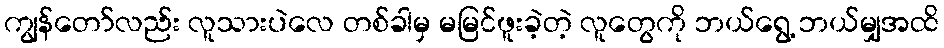
ကျွန်တော်လည်း လူသားပဲလေ တစ်ခါမှ မမြင်ဖူးခဲ့တဲ့ လူတွေကို ဘယ်ရွေ့ ဘယ်မျှအထိ